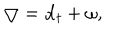
\bigtriangledown = { \bf d } _ { t } + \omega ,